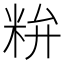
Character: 𥹇